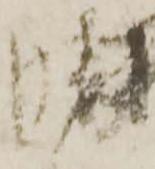
勝